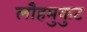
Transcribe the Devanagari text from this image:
लौहमुकुट